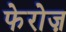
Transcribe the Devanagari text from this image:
फेरोज़